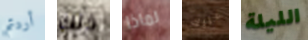
أردتم ذلك لماذا عليك الليلة